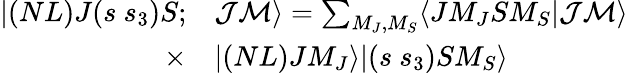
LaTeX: \begin{array}{rl}{|(NL)J(s~s_{3})S;}&{{}\mathcal{J}\mathcal{M}\rangle=\sum_{M_{J},M_{S}}\langle JM_{J}SM_{S}|\mathcal{J}\mathcal{M}\rangle}\\ {\times}&{{}|(NL)JM_{J}\rangle|(s~s_{3})SM_{S}\rangle}\end{array}